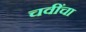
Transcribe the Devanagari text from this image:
चवींचा